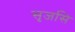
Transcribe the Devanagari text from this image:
सृजसि